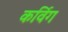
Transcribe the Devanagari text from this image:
कर्विग